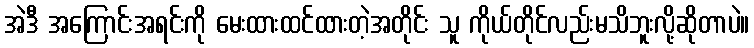
အဲဒီ အကြောင်းအရင်းကို မေးထားထင်ထားတဲ့အတိုင်း သူ ကိုယ်တိုင်လည်းမသိဘူးလို့ဆိုတာပဲ။